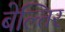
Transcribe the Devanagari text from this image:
बेल्तिर